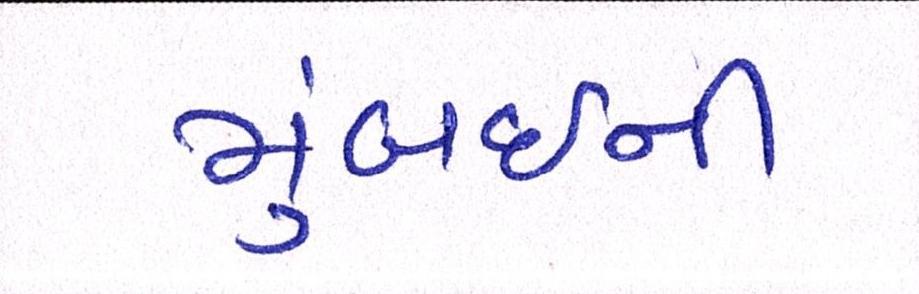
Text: મુંબઈની